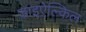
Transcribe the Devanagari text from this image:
डाइऐल्किल